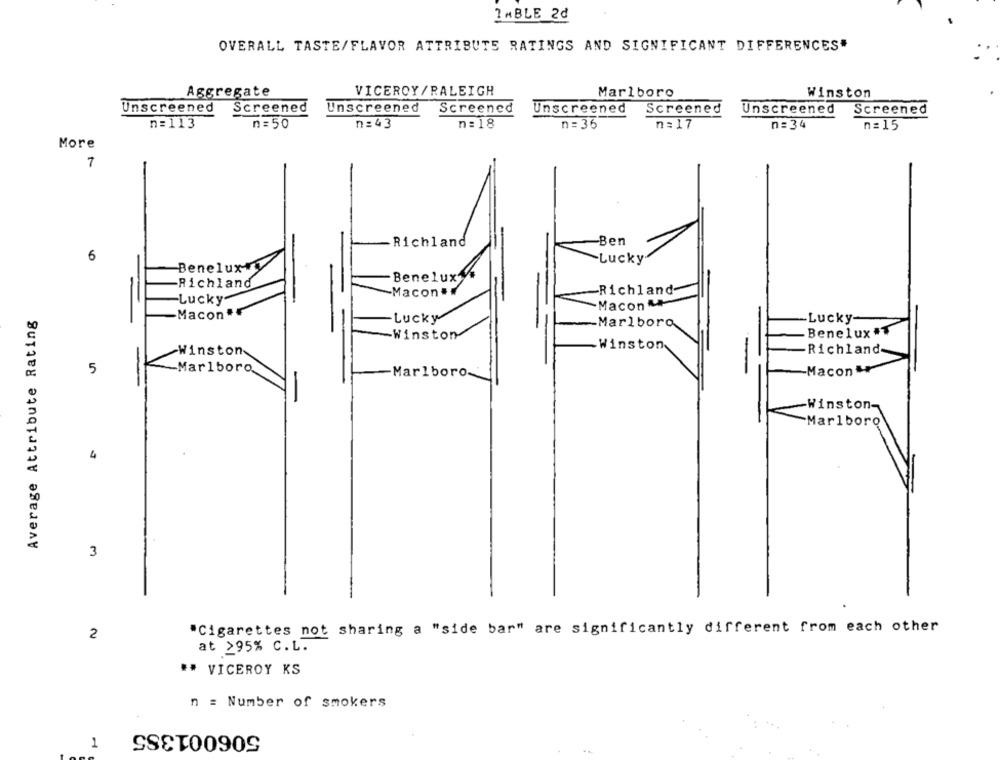
?MBLE 2₫
OVERALL TASTE/FLAVOR ATTRIBUTS RATINGS AND SIGNIFICANT DIFFERENCES"
VICEROY/RALEIGH
Aggregate
Marlboro
Winston
Unscreened
Screened
Unscreened
Screencd
Unscreened
Screened
Unscreened Screened
n=113
n = 50
n=43
n: 18
n= 36
n = 17
n= 34
n = 15
More
7
Richland
Ben
6
Lucky
Benelux y
Benelux
-Richland
Richland-
-Macon .
-Lucky
-Macon
Average Attribute Rating
Macon .
Lucky
Lucky-
-Marlboro
Winston
Benelux #T
Winston
Winston
Richland-
5
-Marlboro
Marlboro.
Macon
-
Winston-
Marlboro
4
3
"Cigarettes not sharing a "side bar" are significantly different from each other
2
at >95% C.L.
** VICEROY KS
n = Number of smokers
506001385
1